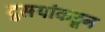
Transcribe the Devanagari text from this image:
दुसर्‍यांकडून